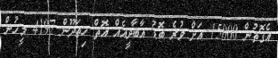
އެގޮތުން 15000 އަށް ވުރެ ބޮޑު އާބާދީއެއް އޮތް ހިތަދޫން 4197 މީހުން